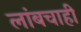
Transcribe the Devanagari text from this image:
लांबचाही